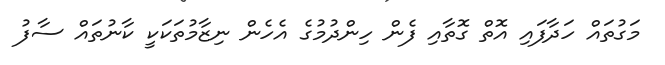
މަގުތައް ހަދާފައި އޮތް ގޮތާއި ފެން ހިންދުމުގެ އެހެން ނިޒާމުތަކަކީ ކާނުތައް ސާފު